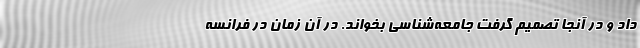
داد و در آنجا تصمیم گرفت جامعه‌شناسی بخواند. در آن زمان در فرانسه